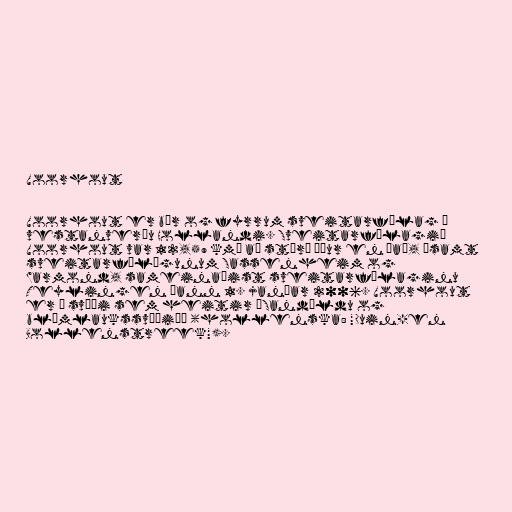
Voorhout

Voorhout er bær og fyrrum sveitarfélag í
vestanverðu Hollandi. Sveitarfélagið
Voorhout var 12,59 km² að stærð áður en það, ásamt
sveitarfélögunum Sassenheim og
Warmond, sameinaðist sveitarfélaginu
Teylingen þann 1. janúar 2006. Voorhout
er á svæði sem heitir „Sandöldu og
blómlaukssvæðið“ (hollenska: "Duin-en
Bollenstreek").